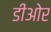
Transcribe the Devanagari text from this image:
डीओर